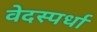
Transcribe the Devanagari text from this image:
वेदस्पर्धा